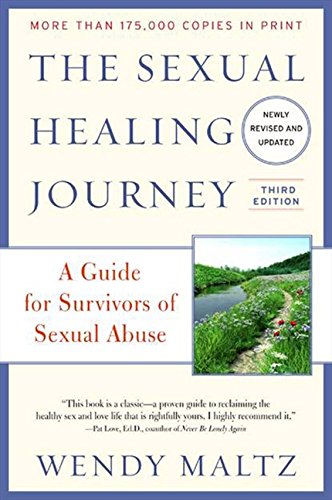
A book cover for The Sexual Healing Journey: A Guide for Survivors of Sexual Abuse, 3rd Edition; Wendy Maltz; Self-Help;